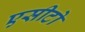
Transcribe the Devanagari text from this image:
एसीटो